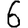
Digit: 6